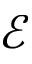
\mathcal { E }